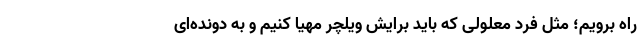
راه برویم؛ مثل فرد معلولی که باید برایش ویلچر مهیا کنیم و به دونده‌ای